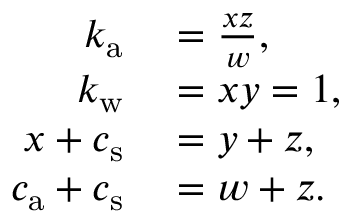
\begin{array} { r l } { k _ { \mathrm { a } } } & { { } = \frac { x z } { w } , } \\ { k _ { \mathrm { w } } } & { { } = x y = 1 , } \\ { x + c _ { \mathrm { s } } } & { { } = y + z , } \\ { c _ { \mathrm { a } } + c _ { \mathrm { s } } } & { { } = w + z . } \end{array}